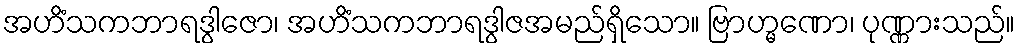
အဟိံသကဘာရဒွါဇော၊ အဟိံသကဘာရဒွါဇအမည်ရှိသော။ ဗြာဟ္မဏော၊ ပုဏ္ဏားသည်။